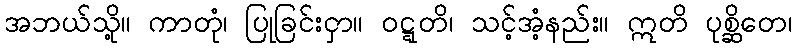
အဘယ်သို့။ ကာတုံ၊ ပြုခြင်းငှာ။ ဝဋ္ဋတိ၊ သင့်အံ့နည်း။ ဣတိ ပုစ္ဆိတေ၊